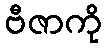
ဗီဇာကို